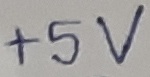
Text: +5V